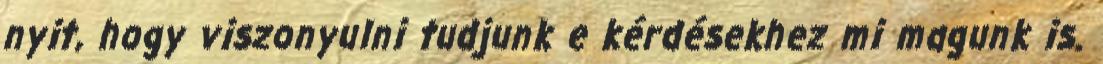
nyit, hogy viszonyulni tudjunk e kérdésekhez mi magunk is.